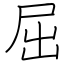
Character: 屈